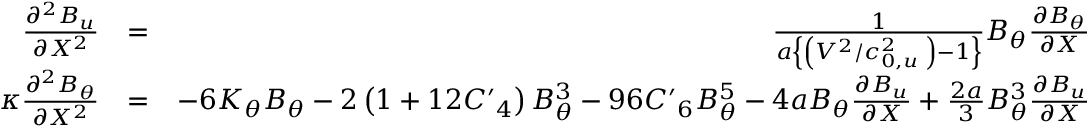
\begin{array} { r l r } { \frac { { { \partial } ^ { 2 } } { { B } _ { u } } } { \partial { { X } ^ { 2 } } } } & { = } & { \frac { 1 } { a \left\{ \left( { { { V } ^ { 2 } } } / { c _ { 0 , u } ^ { 2 } } \; \right) - 1 \right\} } { { B } _ { \theta } } \frac { \partial { { B } _ { \theta } } } { \partial X } } \\ { \kappa \frac { { { \partial } ^ { 2 } } { { B } _ { \theta } } } { \partial { { X } ^ { 2 } } } } & { = } & { - 6 { { K } _ { \theta } } { { B } _ { \theta } } - 2 \left( 1 + 1 2 { { { { C } ^ { \prime } } } _ { 4 } } \right) B _ { \theta } ^ { 3 } - 9 6 { { { C } ^ { \prime } } _ { 6 } } B _ { \theta } ^ { 5 } - 4 a { { B } _ { \theta } } \frac { \partial { { B } _ { u } } } { \partial X } + \frac { 2 a } { 3 } B _ { \theta } ^ { 3 } \frac { \partial { { B } _ { u } } } { \partial X } } \end{array}